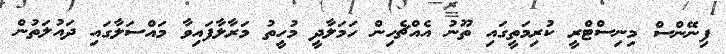
ފިނޭންސް މިނިސްޓްރީ ކުރިމަތީގައި ތޫނު އެއްޗެހިން ހަމަލާދީ މުހީތު މަރާލާފައިވާ މައްސަލާގައި ދައުލަތުން